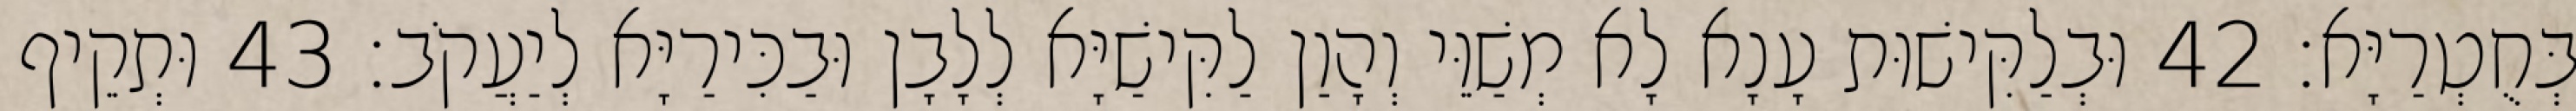
בְּחֻטְרַיָּא׃ 42 וּבְלַקִּישׁוּת עָנָא לָא מְשַׁוֵּי וְהָוַן לַקִּישַׁיָּא לְלָבָן וּבַכִּירַיָּא לְיַעֲקֹב׃ 43 וּתְקֵיף